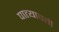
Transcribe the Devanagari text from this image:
पात्यावर्ती